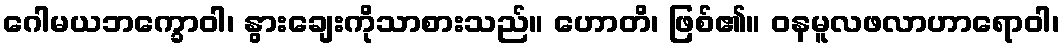
ဂေါမယဘက္ခောဝါ၊ နွားချေးကိုသာစားသည်။ ဟောတိ၊ ဖြစ်၏။ ဝနမူလဖလာဟာရောဝါ၊